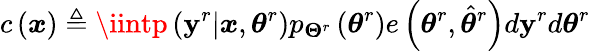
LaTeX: c\left(\boldsymbol{x}\right)\triangleq\iintp\left(\boldsymbol{\mathbf{y}}^{r}|\boldsymbol{x},\boldsymbol{\theta}^{r}\right)p_{\mathbf{{\Theta}}^{r}}\left(\boldsymbol{\theta}^{r}\right)e\left(\boldsymbol{\theta}^{r},\hat{{\boldsymbol{\theta}}}^{r}\right)d\boldsymbol{\mathbf{y}}^{r}d\boldsymbol{\theta}^{r}